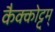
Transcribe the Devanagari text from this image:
कैक्कोट्टुम्